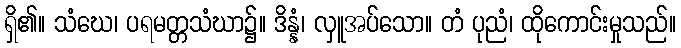
ရှိ၏။ သံဃေ၊ ပရမတ္တသံဃာ၌။ ဒိန္နံ၊ လှူအပ်သော။ တံ ပုညံ၊ ထိုကောင်းမှုသည်။